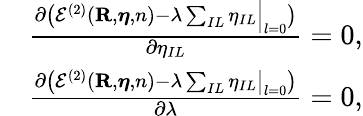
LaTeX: \begin{array}{rl}&{\frac{\partial\left({\cal E}^{(2)}({\mathbf R,{\boldsymbol\eta},n})-\lambda\sum_{IL}\eta_{IL}\Big\vert_{l=0}\right)}{\partial\eta_{IL}}=0,}\\ &{\frac{\partial\left({\cal E}^{(2)}({\mathbf R,{\boldsymbol\eta},n})-\lambda\sum_{IL}\eta_{IL}\big\vert_{l=0}\right)}{\partial\lambda}=0,}\end{array}